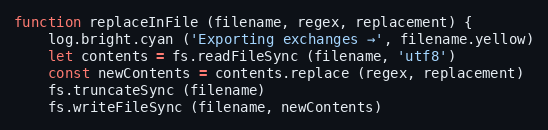
Language: JavaScript
function replaceInFile (filename, regex, replacement) {
    log.bright.cyan ('Exporting exchanges →', filename.yellow)
    let contents = fs.readFileSync (filename, 'utf8')
    const newContents = contents.replace (regex, replacement)
    fs.truncateSync (filename)
    fs.writeFileSync (filename, newContents)